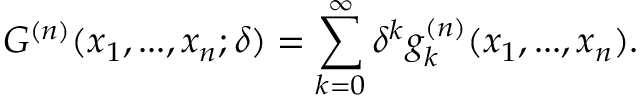
G ^ { ( n ) } ( x _ { 1 } , . . . , x _ { n } ; \delta ) = \sum _ { k = 0 } ^ { \infty } \delta ^ { k } g _ { k } ^ { ( n ) } ( x _ { 1 } , . . . , x _ { n } ) .